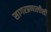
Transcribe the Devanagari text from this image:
सागरप्रणालीशी